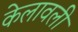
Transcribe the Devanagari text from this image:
केलावली